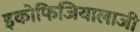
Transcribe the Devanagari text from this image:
इकोफिजियालाजी